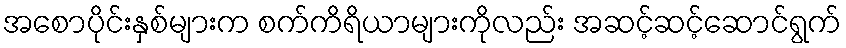
အစောပိုင်းနှစ်များက စက်ကိရိယာများကိုလည်း အဆင့်ဆင့်ဆောင်ရွက်